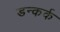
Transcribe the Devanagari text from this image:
डन्कर्क